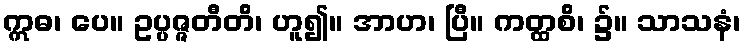
ဣဓ၊ ပေ။ ဥပ္ပဇ္ဇတီတိ၊ ဟူ၍။ အာဟ၊ ပြီ။ ကတ္ထစိ၊ ၌။ သာသနံ၊